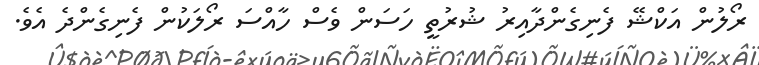
ރޯލުން އަކްޝޭ ފެނިގެންދާއިރު ޝުރުތީ ހަސަން ވެސް ހާއްސަ ރޯލަކުން ފެނިގެންދެ އެވެ.